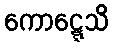
ကောဋ္ဋေသိ